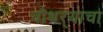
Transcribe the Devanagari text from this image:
चौथऱ्याचा